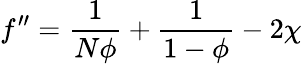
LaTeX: f^{\prime\prime}={\frac{1}{N\phi}}+{\frac{1}{1-\phi}}-2\chi